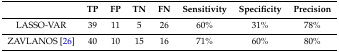
|  | TP | FP | TN | FN | Sensitivity | Specificity | Precision |
 | --- | --- | --- | --- | --- | --- | --- | --- |
 | LASSO-VAR | 39 | 11 | 5 | 26 | 60% | 31% | 78% |
 | ZAVLANOS [26] | 40 | 10 | 15 | 16 | 71% | 60% | 80% |